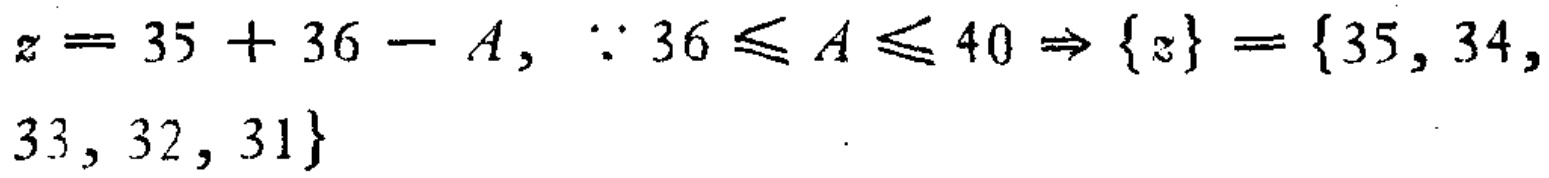
\(z = 35 + 36 - A, \because 36\leqslant A\leqslant 40\Rightarrow \{z\} = \{35, 34, 33, 32, 31\}\)